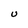
Character: U